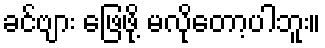
ခင်ဗျား ဖြေဖို့ မလိုတော့ပါဘူး။